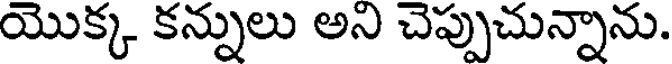
యొక్క కన్నులు అని చెప్పుచున్నాను.